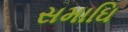
સમાઘિ